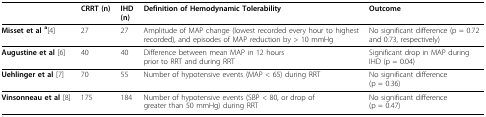
<table><thead><tr><td></td><td><b>CRRT (n)</b></td><td><b>IHD(n)</b></td><td><b>Definition of Hemodynamic Tolerability</b></td><td><b>Outcome</b></td></tr></thead><tbody><tr><td><b>Misset et al <sup>a</sup></b>[4]</td><td>27</td><td>27</td><td>Amplitude of MAP change (lowest recorded every hour to highest recorded), and episodes of MAP reduction by &gt; 10 mmHg</td><td>No significant difference (p = 0.72 and 0.73, respectively)</td></tr><tr><td><b>Augustine et al </b>[6]</td><td>40</td><td>40</td><td>Difference between mean MAP in 12 hours prior to RRT and during RRT</td><td>Significant drop in MAP during IHD (p = 0.04)</td></tr><tr><td><b>Uehlinger et al </b>[7]</td><td>70</td><td>55</td><td>Number of hypotensive events (MAP &lt; 65) during RRT</td><td>No significant difference(p = 0.36)</td></tr><tr><td><b>Vinsonneau et al </b>[8]</td><td>175</td><td>184</td><td>Number of hypotensive events (SBP &lt; 80, or drop of greater than 50 mmHg) during RRT</td><td>No significant difference(p = 0.47)</td></tr></tbody></table>